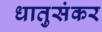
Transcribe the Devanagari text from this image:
धातुसंकर